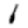
Digit: 1